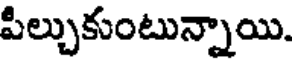
పిల్చుకుంటున్నాయి.